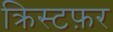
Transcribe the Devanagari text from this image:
क्रिस्टफ़र